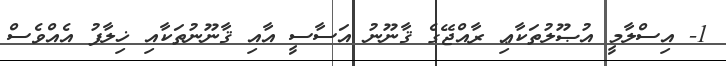
1- އިސްލާމީ އުޞޫލުތަކާޢި ރާއްޖޭގެ ޤާނޫނު އަސާސީ އާއި ޤާނޫނުތަކާއި ޚިލާފު އެއްވެސް